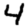
Digit: 4